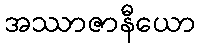
အဿာဇာနီယော